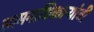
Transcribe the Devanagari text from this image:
सामनाधिकार्‍यांची